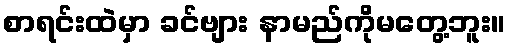
စာရင်းထဲမှာ ခင်ဗျား နာမည်ကိုမတွေ့ဘူး။